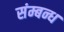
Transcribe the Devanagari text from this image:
संम्बन्ध